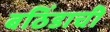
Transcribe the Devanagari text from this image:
बठिंडाची